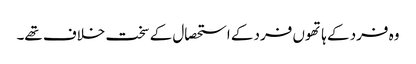
وہ فرد کے ہاتھوں فرد کے استحصال کے سخت خلاف تھے۔